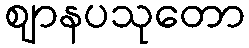
ဈာနပသုတော